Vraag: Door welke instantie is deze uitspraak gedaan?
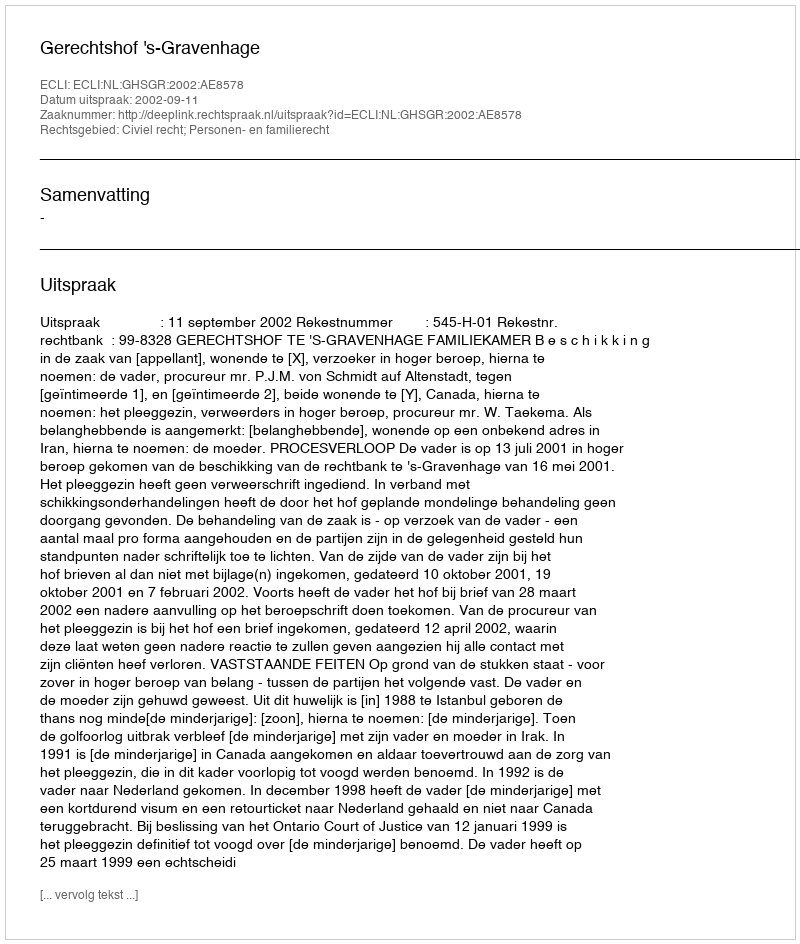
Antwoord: Gerechtshof 's-Gravenhage